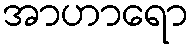
အာဟာရော